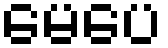
မေပေ